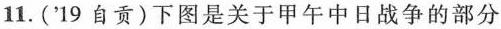
11.('19自贡)下图是关于甲午中日战争的部分